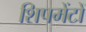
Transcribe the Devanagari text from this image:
शिपमेंटों